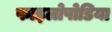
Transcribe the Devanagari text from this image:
फाइलोपोडिया